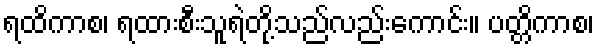
ရထိကာစ၊ ရထားစီးသူရဲတို့သည်လည်းကောင်း။ ပတ္တိကာစ၊